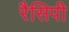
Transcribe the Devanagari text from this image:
रैसिपी